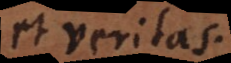
et veritas.